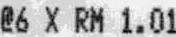
@6 X RM 1.01